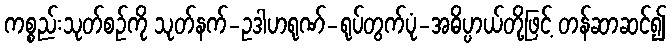
ကစ္စည်းသုတ်စဉ်ကို သုတ်နက်-ဥဒါဟရုဏ်-ရုပ်တွက်ပုံ-အဓိပ္ပာယ်တို့ဖြင့် တန်ဆာဆင်၍